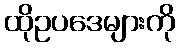
ထိုဥပဒေများကို